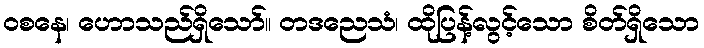
ဝစနေ၊ ဟောသည်ရှိသော်။ တဒညေသံ၊ ထိုပြန့်လွင့်သော စိတ်ရှိသော